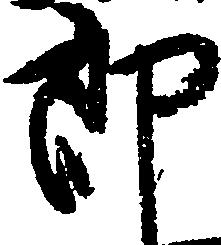
郎